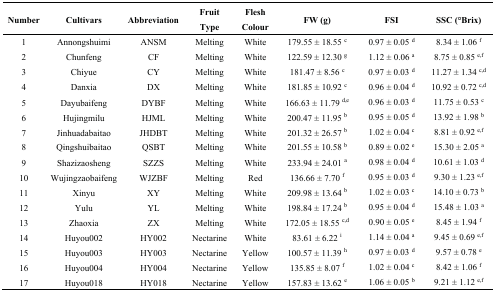
<table><thead><tr><td><b>Number</b></td><td><b>Cultivars</b></td><td><b>Abbreviation</b></td><td><b>Fruit Type</b></td><td><b>Flesh Colour</b></td><td><b>FW (g)</b></td><td><b>FSI</b></td><td><b>SSC (°Brix)</b></td></tr></thead><tbody><tr><td>1</td><td>Annongshuimi</td><td>ANSM</td><td>Melting</td><td>White</td><td>179.55 ± 18.55 <sup>c</sup></td><td>0.97 ± 0.05 <sup>d</sup></td><td>8.34 ± 1.06 <sup>f</sup></td></tr><tr><td>2</td><td>Chunfeng</td><td>CF</td><td>Melting</td><td>White</td><td>122.59 ± 12.30 <sup>g</sup></td><td>1.12 ± 0.06 <sup>a</sup></td><td>8.75 ± 0.85 <sup>e,f</sup></td></tr><tr><td>3</td><td>Chiyue</td><td>CY</td><td>Melting</td><td>White</td><td>181.47 ± 8.56 <sup>c</sup></td><td>0.97 ± 0.03 <sup>d</sup></td><td>11.27 ± 1.34 <sup>c</sup><sup>,d</sup></td></tr><tr><td>4</td><td>Danxia</td><td>DX</td><td>Melting</td><td>White</td><td>181.85 ± 10.92 <sup>c</sup></td><td>0.96 ± 0.04 <sup>d</sup></td><td>10.92 ± 0.72 <sup>c</sup><sup>,d</sup></td></tr><tr><td>5</td><td>Dayubaifeng</td><td>DYBF</td><td>Melting</td><td>White</td><td>166.63 ± 11.79 <sup>d,e</sup></td><td>0.96 ± 0.03 <sup>d</sup></td><td>11.75 ± 0.53 <sup>c</sup></td></tr><tr><td>6</td><td>Hujingmilu</td><td>HJML</td><td>Melting</td><td>White</td><td>200.47 ± 11.95 <sup>b</sup></td><td>0.95 ± 0.05 <sup>d</sup></td><td>13.92 ± 1.98 <sup>b</sup></td></tr><tr><td>7</td><td>Jinhuadabaitao</td><td>JHDBT</td><td>Melting</td><td>White</td><td>201.32 ± 26.57 <sup>b</sup></td><td>1.02 ± 0.04 <sup>c</sup></td><td>8.81 ± 0.92 <sup>e,f</sup></td></tr><tr><td>8</td><td>Qingshuibaitao</td><td>QSBT</td><td>Melting</td><td>White</td><td>201.55 ± 10.58 <sup>b</sup></td><td>0.89 ± 0.02 <sup>e</sup></td><td>15.30 ± 2.05 <sup>a</sup></td></tr><tr><td>9</td><td>Shazizaosheng</td><td>SZZS</td><td>Melting</td><td>White</td><td>233.94 ± 24.01 <sup>a</sup></td><td>0.98 ± 0.04 <sup>d</sup></td><td>10.61 ± 1.03 <sup>d</sup></td></tr><tr><td>10</td><td>Wujingzaobaifeng</td><td>WJZBF</td><td>Melting</td><td>Red</td><td>136.66 ± 7.70 <sup>f</sup></td><td>0.95 ± 0.03 <sup>d</sup></td><td>9.30 ± 1.23 <sup>e,f</sup></td></tr><tr><td>11</td><td>Xinyu</td><td>XY</td><td>Melting</td><td>White</td><td>209.98 ± 13.64 <sup>b</sup></td><td>1.02 ± 0.03 <sup>c</sup></td><td>14.10 ± 0.73 <sup>b</sup></td></tr><tr><td>12</td><td>Yulu</td><td>YL</td><td>Melting</td><td>White</td><td>198.84 ± 17.24 <sup>b</sup></td><td>0.95 ± 0.04 <sup>d</sup></td><td>15.48 ± 1.03 <sup>a</sup></td></tr><tr><td>13</td><td>Zhaoxia</td><td>ZX</td><td>Melting</td><td>White</td><td>172.05 ± 18.55 <sup>c</sup><sup>,d</sup></td><td>0.90 ± 0.05 <sup>e</sup></td><td>8.45 ± 1.94 <sup>f</sup></td></tr><tr><td>14</td><td>Huyou002</td><td>HY002</td><td>Nectarine</td><td>White</td><td>83.61 ± 6.22 <sup>i</sup></td><td>1.14 ± 0.04 <sup>a</sup></td><td>9.45 ± 0.69 <sup>e,f</sup></td></tr><tr><td>15</td><td>Huyou003</td><td>HY003</td><td>Nectarine</td><td>Yellow</td><td>100.57 ± 11.39 <sup>h</sup></td><td>0.97 ± 0.03 <sup>d</sup></td><td>9.57 ± 0.78 <sup>e</sup></td></tr><tr><td>16</td><td>Huyou004</td><td>HY004</td><td>Nectarine</td><td>Yellow</td><td>135.85 ± 8.07 <sup>f</sup></td><td>1.02 ± 0.04 <sup>c</sup></td><td>8.42 ± 1.06 <sup>f</sup></td></tr><tr><td>17</td><td>Huyou018</td><td>HY018</td><td>Nectarine</td><td>Yellow</td><td>157.83 ± 13.62 <sup>e</sup></td><td>1.06 ± 0.05 <sup>b</sup></td><td>9.21 ± 1.12 <sup>e,f</sup></td></tr></tbody></table>